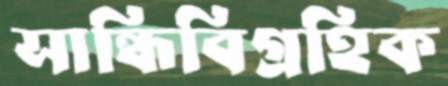
সান্ধিবিগ্রহিক